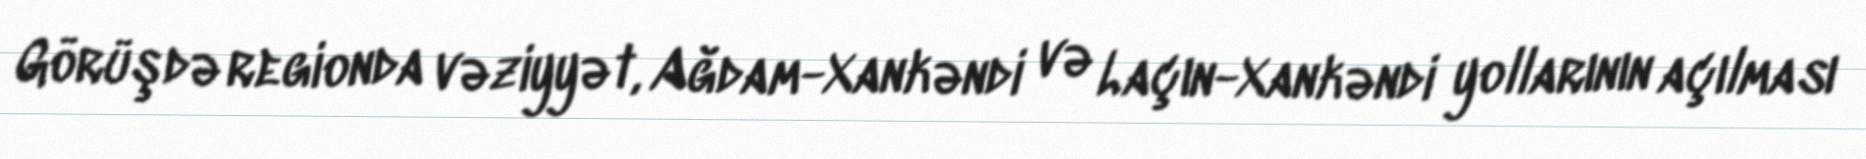
Görüşdə regionda vəziyyət, Ağdam-Xankəndi və Laçın-Xankəndi yollarının açılması